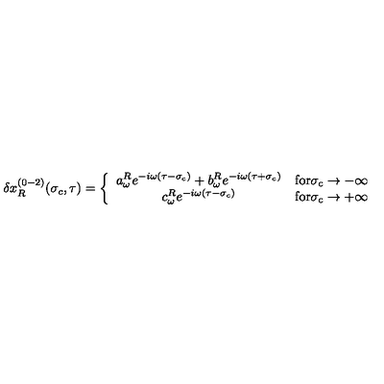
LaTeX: \delta x _ { R } ^ { ( 0 - 2 ) } ( \sigma _ { c } , \tau ) = \left\{ \begin{array} { c l } { a _ { \omega } ^ { R } e ^ { - i \omega ( \tau - \sigma _ { c } ) } + b _ { \omega } ^ { R } e ^ { - i \omega ( \tau + \sigma _ { c } ) } } & { \mathrm { f o r \sigma _ c \rightarrow - \infty } } \\ { c _ { \omega } ^ { R } e ^ { - i \omega ( \tau - \sigma _ { c } ) } } & { \mathrm { f o r \sigma _ c \rightarrow + \infty } } \\ \end{array} \right.